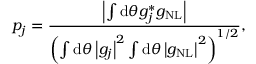
p _ { j } = \frac { \left| \int \mathrm { d } \theta g _ { j } ^ { * } g _ { \mathrm { N L } } \right| } { \left( \int \mathrm { d } \theta \left| g _ { j } \right| ^ { 2 } \int \mathrm { d } \theta \left| g _ { \mathrm { N L } } \right| ^ { 2 } \right) ^ { 1 / 2 } } ,